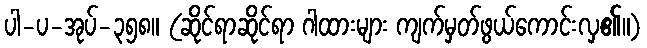
ပါ-ပ-အုပ်-၃၅၈။ (ဆိုင်ရာဆိုင်ရာ ဂါထားများ ကျက်မှတ်ဖွယ်ကောင်းလှ၏။)